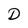
Character: D